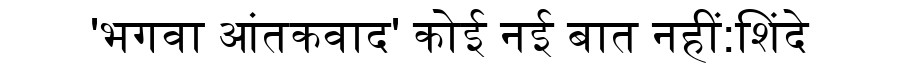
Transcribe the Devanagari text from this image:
'भगवा आंतकवाद' कोई नई बात नहीं:शिंदे